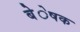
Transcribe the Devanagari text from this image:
बेेेेेषक